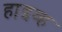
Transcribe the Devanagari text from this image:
हाइव्ह